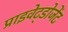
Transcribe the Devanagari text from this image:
प्राइवेट्डोजेंट